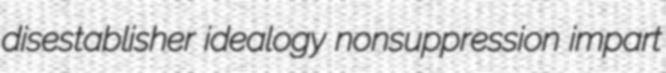
disestablisher idealogy nonsuppression impart